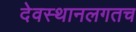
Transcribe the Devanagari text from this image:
देवस्थानलगतच